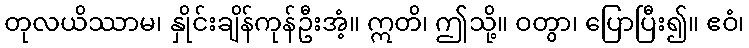
တုလယိဿာမ၊ နှိုင်းချိန်ကုန်ဦးအံ့။ ဣတိ၊ ဤသို့။ ဝတွာ၊ ပြောပြီး၍။ ဧဝံ၊